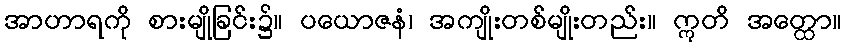
အာဟာရကို စားမျိုခြင်း၌။ ပယောဇနံ၊ အကျိုးတစ်မျိုးတည်း။ ဣတိ အတ္ထော။